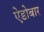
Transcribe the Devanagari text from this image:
ऐडोबार